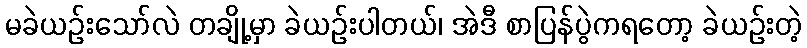
မခဲယဉ်းသော်လဲ တချို့မှာ ခဲယဉ်းပါတယ်၊ အဲဒီ စာပြန်ပွဲကရတော့ ခဲယဉ်းတဲ့